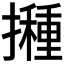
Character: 𭢸